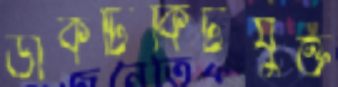
ডাকটিকিটযুক্ত